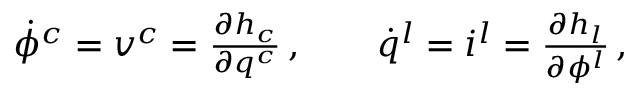
\begin{array} { r } { \dot { \phi } ^ { c } = v ^ { c } = \frac { \partial h _ { c } } { \partial q ^ { c } } \, , \qquad \dot { q } ^ { l } = i ^ { l } = \frac { \partial h _ { l } } { \partial \phi ^ { l } } \, , } \end{array}